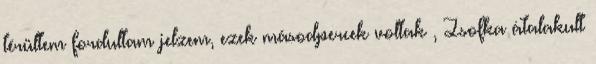
térültem fordultam jelzem, ezek másodpercek voltak , Zsofka átalakult